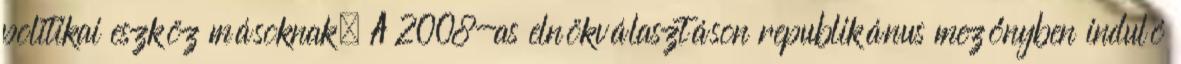
politikai eszköz másoknak. A 2008-as elnökválasztáson republikánus mezőnyben induló